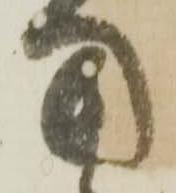
用